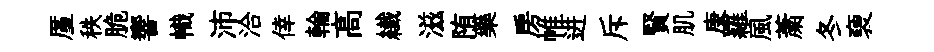
厪秩脆響幟沛洽倖輪高纎滋陏藥房帷进斥賢肌庚羅風䔥冬褏